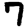
Digit: 7